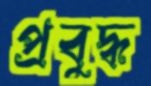
প্রবুদ্ধ